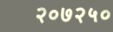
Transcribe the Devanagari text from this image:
२०७२५०